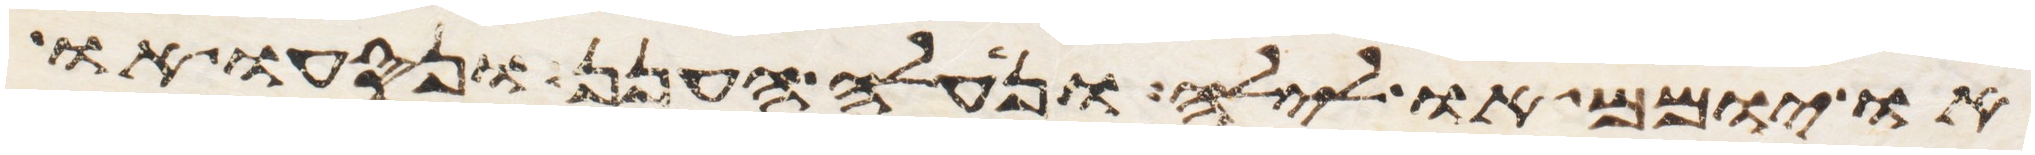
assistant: או יומם ולילה ונעלה הענן ונסעו או